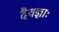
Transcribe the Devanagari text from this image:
दैवज्ञाः